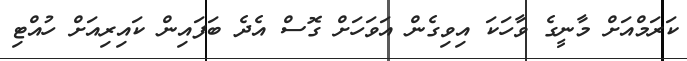
ކަރަމްއަށް މާނީގެ ވާހަކަ އިވިގެން އަވަހަށް ގޮސް އެދެ ބަފައިން ކައިރިއަށް ހުއްޓި